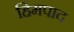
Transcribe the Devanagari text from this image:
हिमपाद